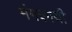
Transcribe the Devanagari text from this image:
मंगकायी